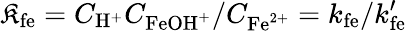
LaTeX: \mathfrak{K}_{\mathrm{{fe}}}=C_{\mathrm{{H}}^{+}}C_{\mathrm{{FeOH}}^{+}}/C_{\mathrm{{Fe}}^{2+}}=k_{\mathrm{{fe}}}/k_{\mathrm{{fe}}}^{\prime}